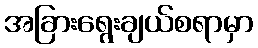
အခြားရွေးချယ်စရာမှာ